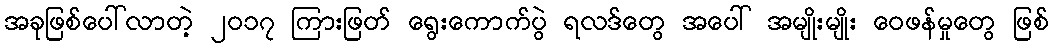
အခုဖြစ်ပေါ်လာတဲ့ ၂ဝ၁၇ ကြားဖြတ် ရွေးကောက်ပွဲ ရလဒ်တွေ အပေါ် အမျိုးမျိုး ဝေဖန်မှုတွေ ဖြစ်